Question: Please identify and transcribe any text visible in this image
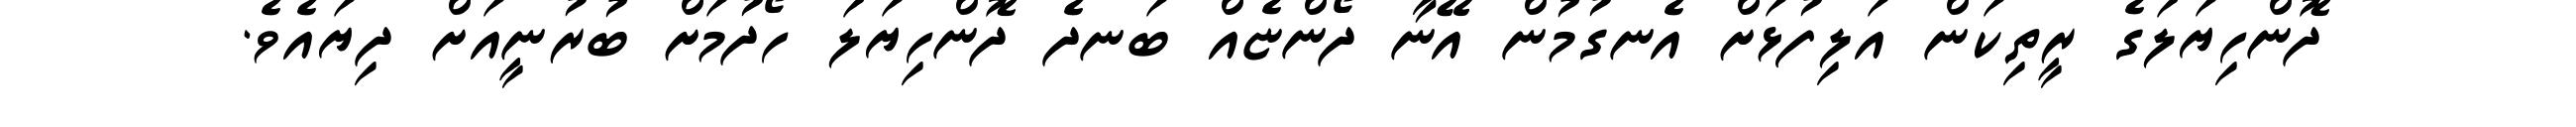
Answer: ދޮންހިޔަލަގެ ރީތިކަން އަލިފުޅަށް އެނގުމުން އޭނާ ދޯންޏެއް ބަނދެ ދޮންހިޔަލަ ހޯދުމަށް ބުރުނީއަށް ދިޔައެވެ.